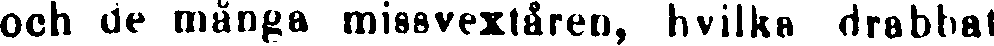
och de många missvextåren, hvilka drabbat